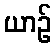
ယာဉ်